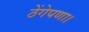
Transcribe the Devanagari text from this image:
ठेंगेपणा।